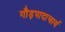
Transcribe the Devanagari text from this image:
गौड़पादाचार्य